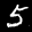
Digit: 5